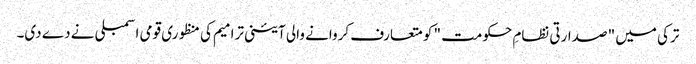
ترکی میں " صدارتی نظامِ حکومت " کو متعارف کروانے والی آئینی ترامیم کی منظوری قومی اسمبلی نے دے دی۔